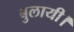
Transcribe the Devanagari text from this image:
बुलायी।